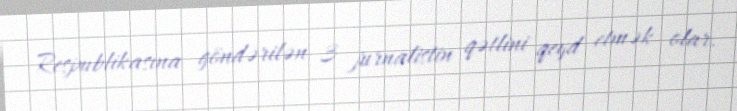
Respublikasına göndərilən 3 jurnalistin qətlini qeyd etmək olar.